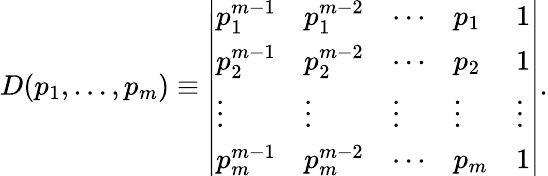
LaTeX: D(p_{1},\ldots,p_{m})\equiv\left|\begin{array}{lllll}{{p_{1}^{m-1}}}&{{p_{1}^{m-2}}}&{{\cdots}}&{{p_{1}}}&{{1}}\\ {{p_{2}^{m-1}}}&{{p_{2}^{m-2}}}&{{\cdots}}&{{p_{2}}}&{{1}}\\ {{\vdots}}&{{\vdots}}&{{\vdots}}&{{\vdots}}&{{\vdots}}\\ {{p_{m}^{m-1}}}&{{p_{m}^{m-2}}}&{{\cdots}}&{{p_{m}}}&{{1}}\end{array}\right|.